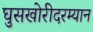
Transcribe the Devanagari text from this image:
घुसखोरीदरम्यान